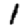
Digit: 1